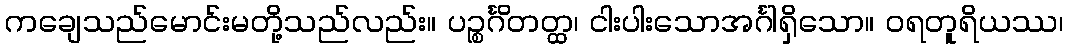
ကချေသည်မောင်းမတို့သည်လည်း။ ပဉ္စင်္ဂိတတ္ထ၊ ငါးပါးသောအင်္ဂါရှိသော။ ဝရတူရိယဿ၊